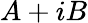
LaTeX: A+iB